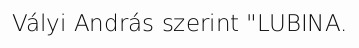
Vályi András szerint "LUBINA.